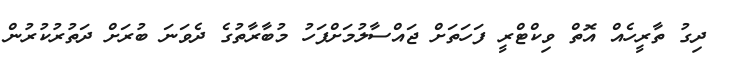
ދިގު ތާރީހެއް އޮތް ވިކްޓްރީ ފަހަތަށް ޖައްސާލުމަށްފަހު މުބާރާތުގެ ދެވަނަ ބުރަށް ދަތުރުކުރުން